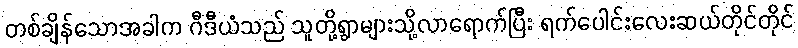
တစ်ချိန်သောအခါက ဂီဒီယံသည် သူတို့ရွာများသို့လာရောက်ပြီး ရက်ပေါင်းလေးဆယ်တိုင်တိုင်